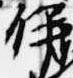
伊